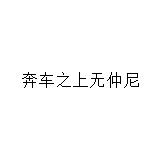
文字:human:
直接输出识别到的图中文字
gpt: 奔车之上无仲尼